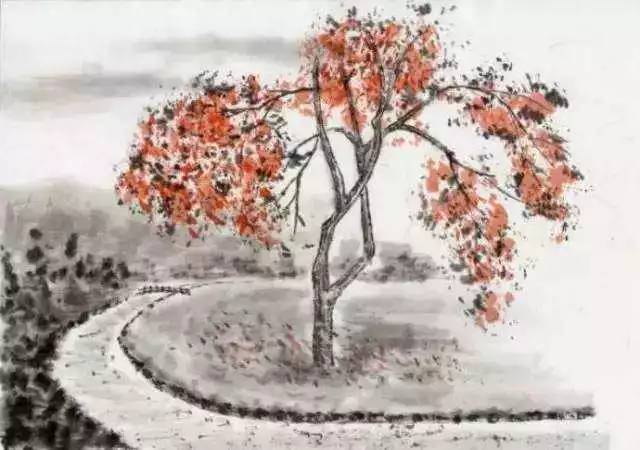
玉树歌残犹有曲，锦帆归去已无家。